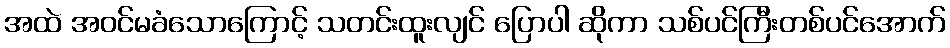
အထဲ အဝင်မခံသောကြောင့် သတင်းထူးလျင် ပြောပါ ဆိုကာ သစ်ပင်ကြီးတစ်ပင်အောက်